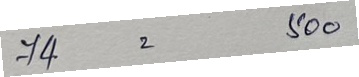
74 = 500